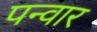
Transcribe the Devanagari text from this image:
पन्वार